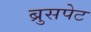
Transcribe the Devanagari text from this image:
ब्रुसपेट